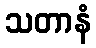
သတာနံ